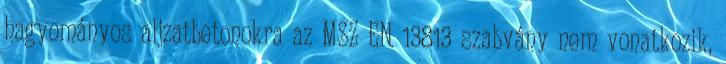
hagyományos aljzatbetonokra az MSZ EN 13813 szabvány nem vonatkozik,